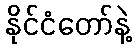
နိုင်ငံတော်နဲ့